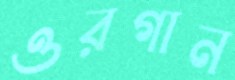
ওরগান